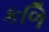
કળિ